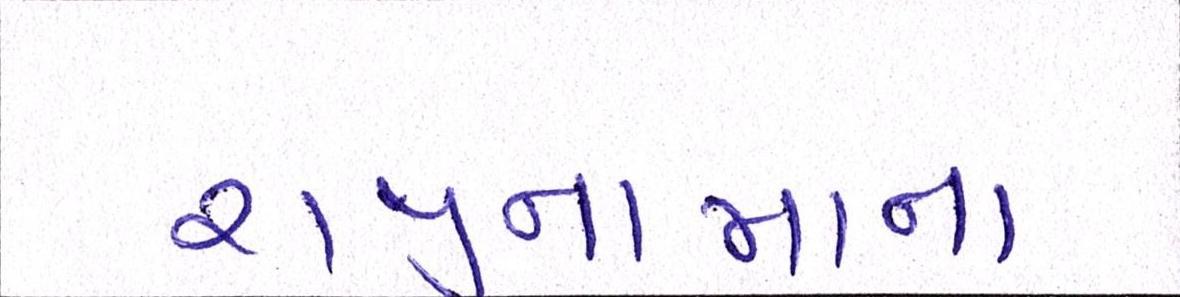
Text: રાજીનામાના